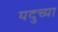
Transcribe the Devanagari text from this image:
यदुच्या